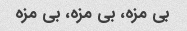
بی مزه، بی مزه، بی مزه